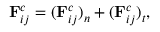
\mathbf { F } _ { i j } ^ { c } = ( \mathbf { F } _ { i j } ^ { c } ) _ { n } + ( \mathbf { F } _ { i j } ^ { c } ) _ { t } ,